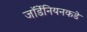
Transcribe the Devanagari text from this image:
जॉर्डेनियनकडे